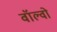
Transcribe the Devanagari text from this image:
वॉल्‍वो